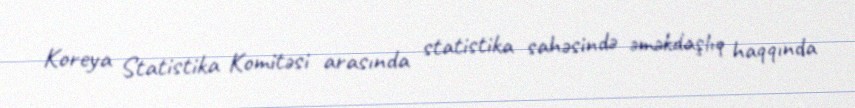
Koreya Statistika Komitəsi arasında statistika sahəsində əməkdaşlıq haqqında